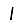
Digit: 1